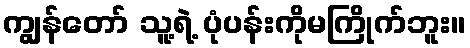
ကျွန်တော် သူ့ရဲ့ ပုံပန်းကိုမကြိုက်ဘူး။